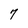
Character: 7